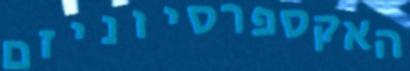
האקספרסיוניזם